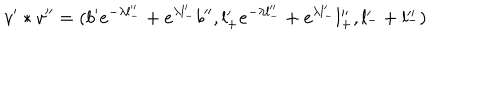
v ^ { \prime } * v ^ { \prime \prime } = ( b ^ { \prime } e ^ { - \lambda l _ { - } ^ { \prime \prime } } + e ^ { \lambda l _ { - } ^ { \prime } } b ^ { \prime \prime } , l _ { + } ^ { \prime } e ^ { - \lambda l _ { - } ^ { \prime \prime } } + e ^ { \lambda l _ { - } ^ { \prime } } l _ { + } ^ { \prime \prime } , l _ { - } ^ { \prime } + l _ { - } ^ { \prime \prime } )